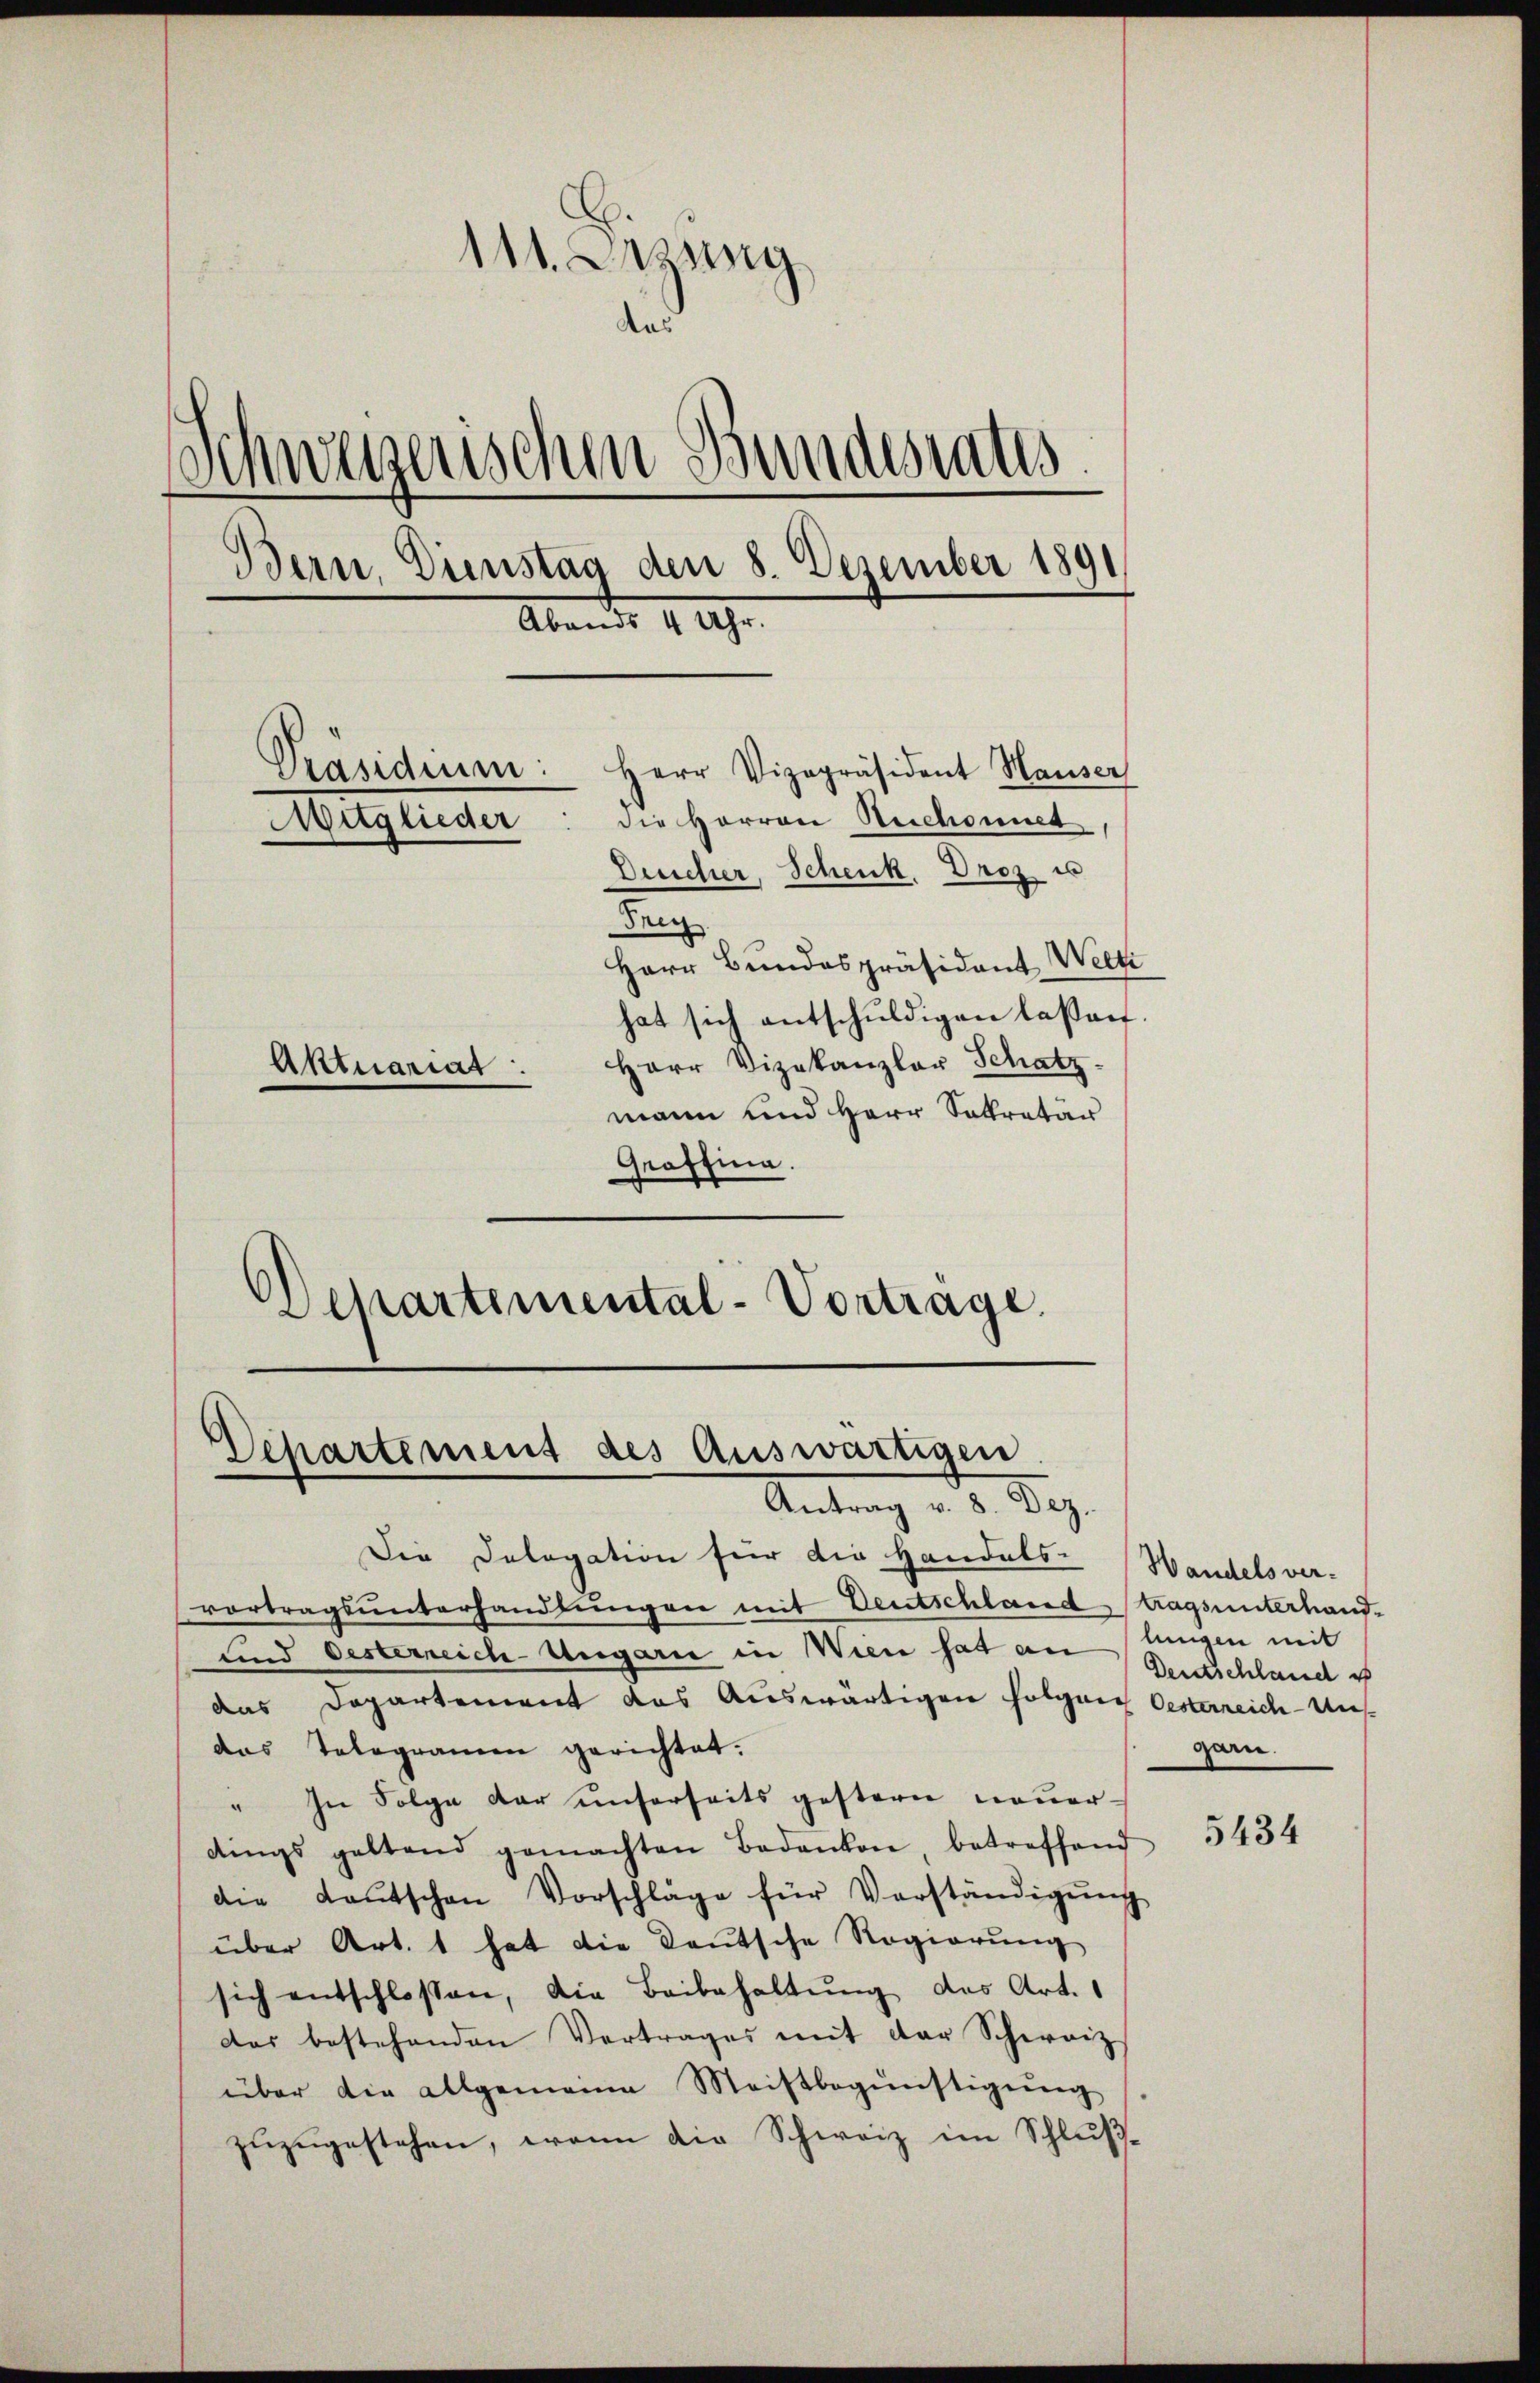
111. Sitzung
Schweizerischen Bundesrates
Bern, Dienstag den 8. Dezember 1891
Abends 4 Uhr.
Präsidium: Herr Vizepräsident Hauser
die Herren Rechaniet
Mitglieder
Deucher, Schenk, Droz es
.
Herr Bundespräsident Welt
hat sich entschuldigen laßen.
Herr Vizekanzler Schatz-
Aktuariat:
mann und Herr Sekretär

Graffina.
Separtemental-Vortrage.

Departement des Auswärtigen
Antrag v. 8. Dez.

Die Delegation für die Handels- Handelsver-
vortragsŭnterhandlŭngen mit Deutschland tragsunterhauf-
und Oesterreich-Ungari in Wien hat an lungen mit
das Departement das Auswärtigen folger Oesterreich-Uns-
das Telegramm gerichtet.
" In Folge dar unserseits gestern neuerdings geltend gemachten Badanken, betreffend
die Laŭtschen Vorschläge für Vorständigŭng
über Art. 1 hat die Deutsche Regierung
sich entschlossen, die Beibehaltung des Art. 1
das bestehenden Vertrages mit der Schweiz
über die allgemeine Meistbegünstigŭng
zŭzŭgestehen, wenn die Schweiz im Schluß¬

Dertschland i
garn.

5434